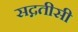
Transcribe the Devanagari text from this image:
सद्गतीसी